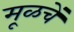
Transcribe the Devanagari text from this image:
मूळचें